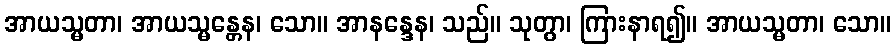
အာယသ္မတာ၊ အာယသ္မန္တေန၊ သော။ အာနန္ဒေန၊ သည်။ သုတွာ၊ ကြားနာရ၍။ အာယသ္မတာ၊ သော။